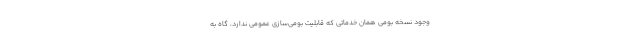
وجود نسخه بومی همان خدماتی که قابلیت بومی‌سازی عمومی ندارد، گاه به